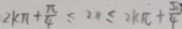
2 k \pi + \frac { \pi } { 4 } \leq 2 x \leq 2 k \pi + \frac { 5 7 } { 4 }